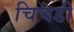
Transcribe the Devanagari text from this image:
चिचडी